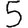
Digit: 5